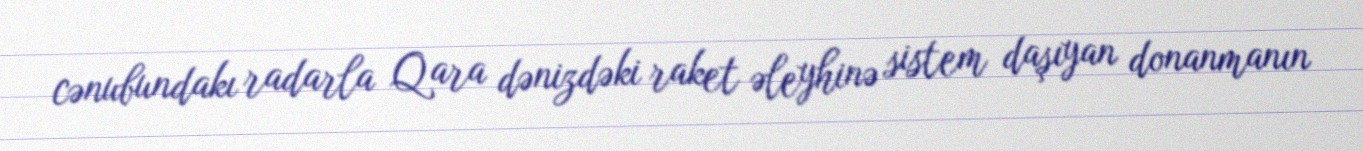
cənubundakı radarla Qara dənizdəki raket əleyhinə sistem daşıyan donanmanın